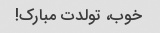
خوب، تولدت مبارک!